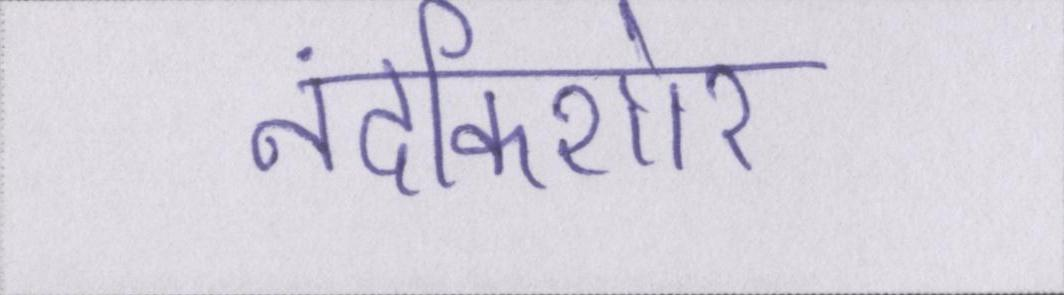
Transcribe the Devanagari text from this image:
नंदकिशोर